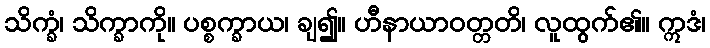
သိက္ခံ၊ သိက္ခာကို။ ပစ္စက္ခာယ၊ ချ၍။ ဟီနာယာဝတ္တတိ၊ လူထွက်၏။ ဣဒံ၊